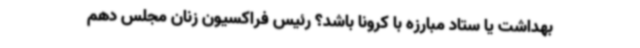
بهداشت یا ستاد مبارزه با کرونا باشد؟ رئیس فراکسیون زنان مجلس دهم